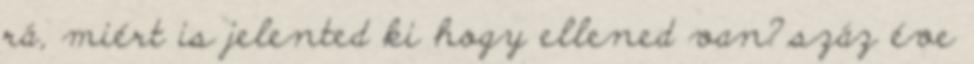
rá, miért is jelented ki hogy ellened van?.száz éve